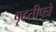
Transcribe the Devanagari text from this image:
बृहतीपत्रे